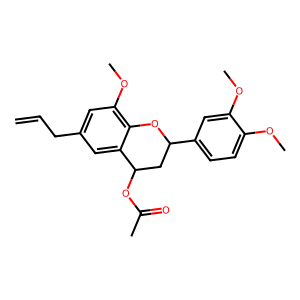
SMILES: C=CCc1cc(OC)c2c(c1)C(OC(C)=O)CC(c1ccc(OC)c(OC)c1)O2
Inhibits HIV replication: No